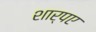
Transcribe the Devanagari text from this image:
शार्पए